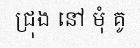
ជ្រុង នៅ មុំ គូ